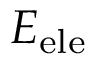
E _ { \mathrm { e l e } }